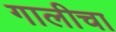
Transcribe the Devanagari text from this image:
गालीचा